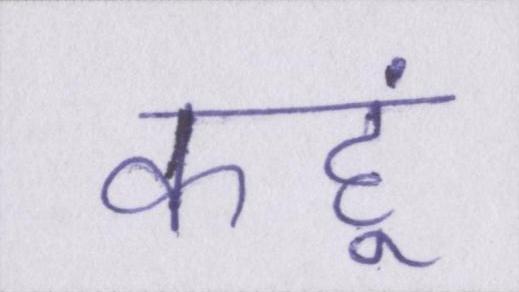
कहूं